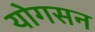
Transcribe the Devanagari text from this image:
योगसन